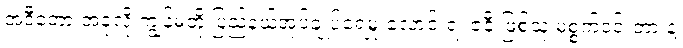
အဲဒီတော့ အခုလို ကျွန်မတို့ ပြည်နယ်အုပ်ချုပ်ရေမှူးလောင်းရဲ့ ဇနီးဖြစ်သူ မစ္စက်ဝင်းတားနဲ့